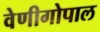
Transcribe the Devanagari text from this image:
वेणीगोपाल